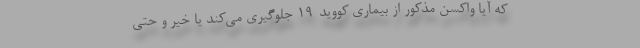
که آیا واکسن مذکور از بیماری کووید-۱۹ جلوگیری می‌کند یا خیر و حتی